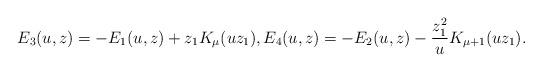
LaTeX: \begin{gather*}E_3(u,z) = -E_1(u,z)+ z_1K_\mu(uz_1),E_4(u,z) = -E_2(u,z)-\frac{z_1^2}{u}K_{\mu+1}(uz_1) .\end{gather*}